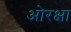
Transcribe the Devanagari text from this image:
ओरक्षा